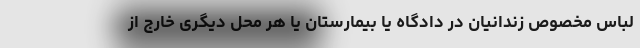
لباس مخصوص زندانیان در دادگاه یا بیمارستان یا هر محل دیگری خارج از